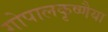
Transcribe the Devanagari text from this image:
गोपालकृष्णैया